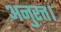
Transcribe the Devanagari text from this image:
अनुरत्त।